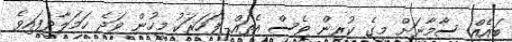
ބައެއް ސާމާނަށް މީގެ ކުރިން ވެސް އެތައް ފަހަރަކު މީހުން ވަދެ ހަމަލާދީފައިވެ